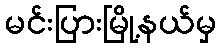
မင်းပြားမြို့နယ်မှ